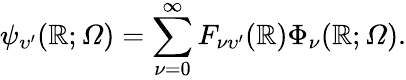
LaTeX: \psi_{\upsilon^{\prime}}(\mathbb{R};\varOmega)=\sum_{\nu=0}^{\infty}F_{\nu\upsilon^{\prime}}(\mathbb{R})\Phi_{\nu}(\mathbb{R};\varOmega).